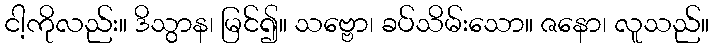
ငါ့ကိုလည်း။ ဒိသွာန၊ မြင်၍။ သဗ္ဗော၊ ခပ်သိမ်းသော။ ဇနော၊ လူသည်။